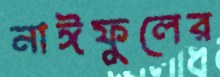
নাঈফুলের